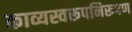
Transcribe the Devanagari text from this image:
काव्यस्वरूपनिरूपण